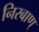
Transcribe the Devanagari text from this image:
निरबाण्